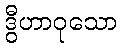
ဒွီဟာဝုသော